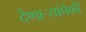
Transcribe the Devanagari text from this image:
देणार्‍यांपैकी